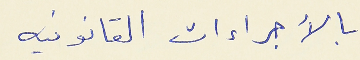
بالآجراءات القانونيه